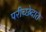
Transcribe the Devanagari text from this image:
परीच्छेदात